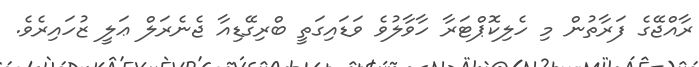
ރާއްޖޭގެ ފަރާތުން މި ހެލިކޮޕްޓަރާ ހާވާލުވެ ވަޑައިގަތީ ބްރިގޭޑިއާ ޖެނެރަލް ޢަލީ ޒުހައިރެވެ.